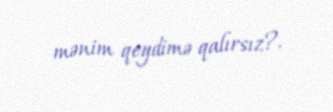
mənim qeydimə qalırsız?.